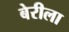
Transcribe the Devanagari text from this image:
बेरीला